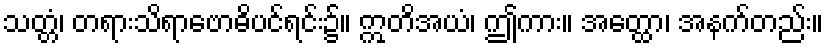
သတ္တံ၊ တရားသိရာဗောဓိပင်ရင်း၌။ ဣတိအယံ၊ ဤကား။ အတ္ထော၊ အနက်တည်း။